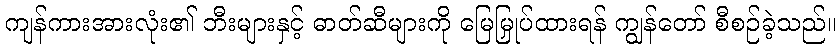
ကျန်ကားအားလုံး၏ ဘီးများနှင့် ဓာတ်ဆီများကို မြေမြှုပ်ထားရန် ကျွန်တော် စီစဉ်ခဲ့သည်။